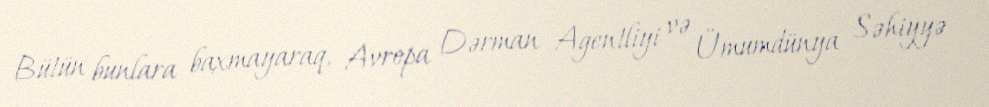
Bütün bunlara baxmayaraq, Avropa Dərman Agentliyi və Ümumdünya Səhiyyə